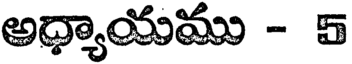
అధ్యాయము - 5